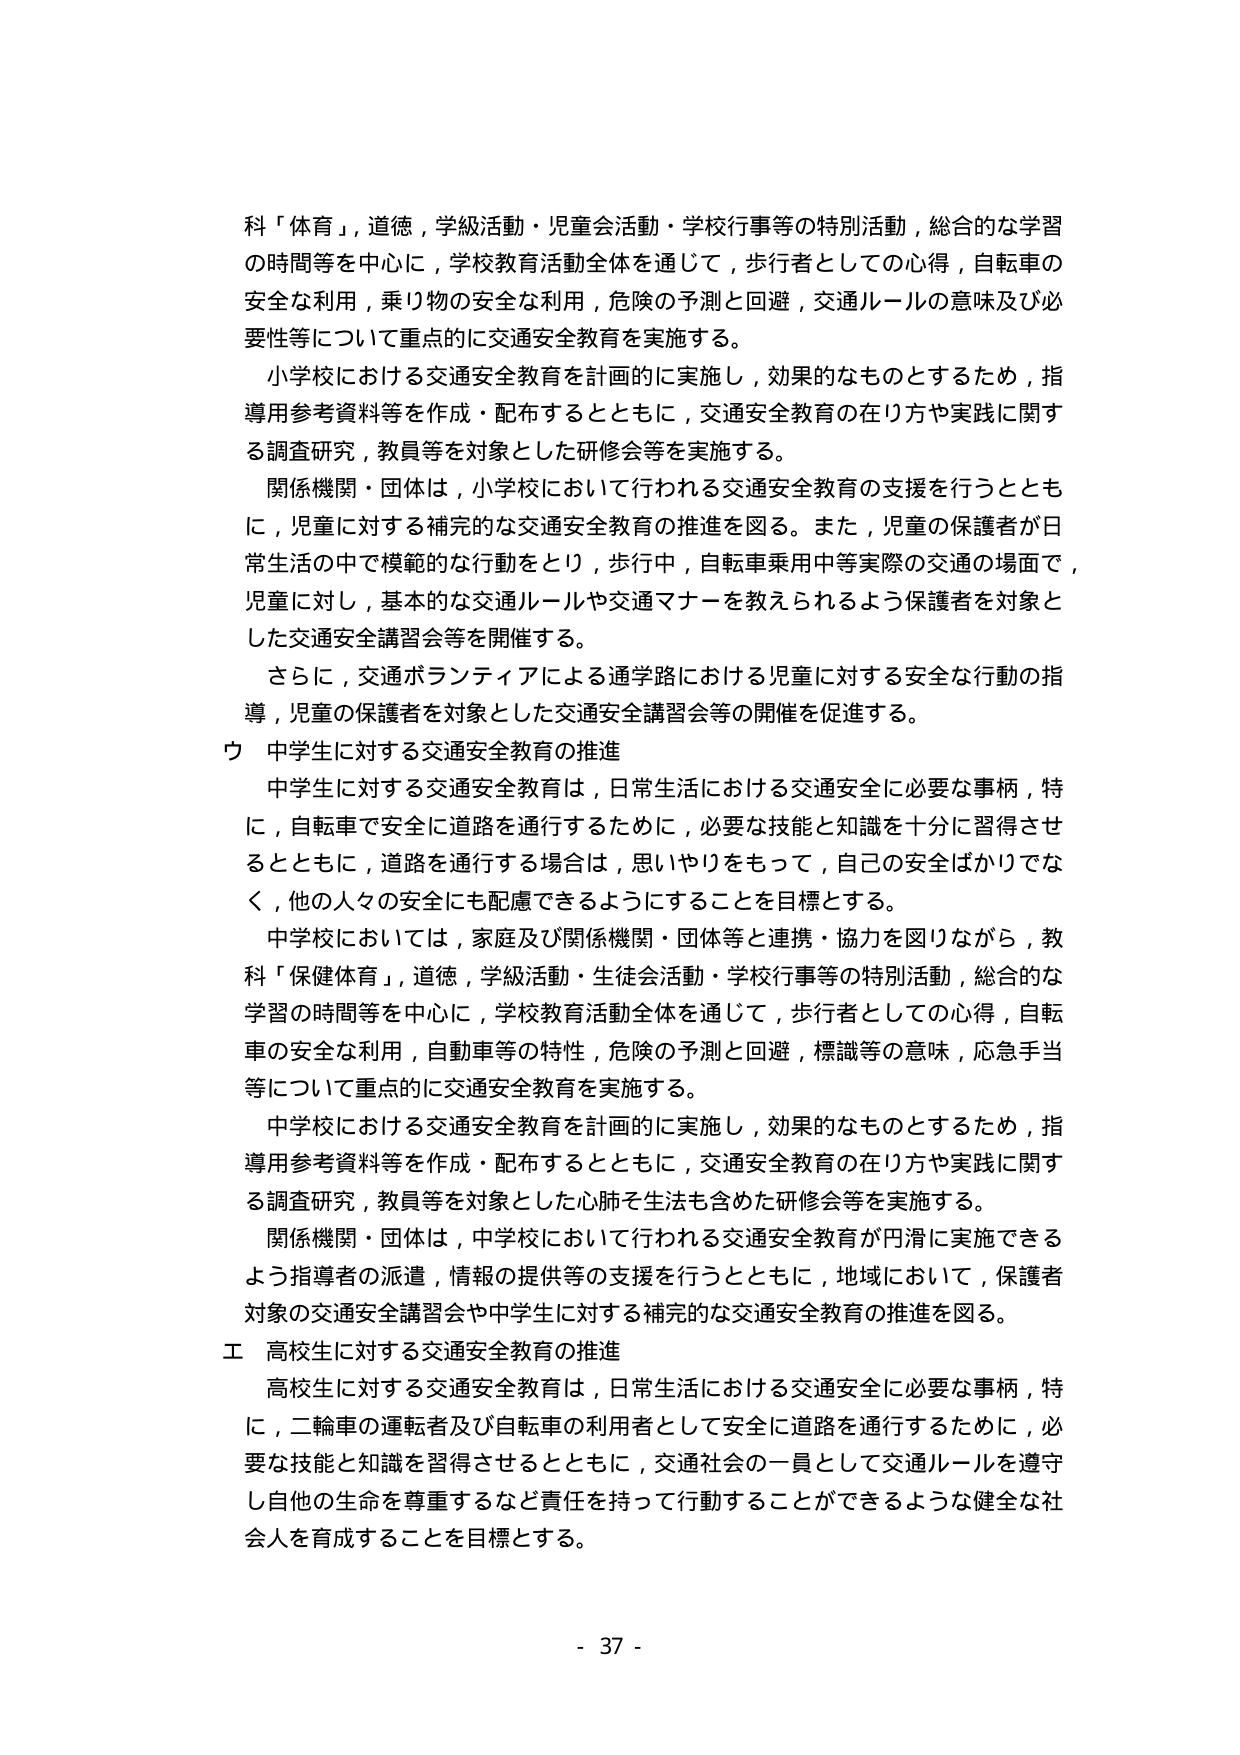
科「体育」，道德，学級活動・児童会活動・学校行事等の特別活動，総合的な学習の時間等を中心に，学校教育活動全体を通じて，歩行者としての心得，自転車の安全な利用，乗り物の安全な利用，危険の予測と回避，交通ルールの意味及び必要性等について重点的に交通安全教育を実施する。

小学校における交通安全教育を計画的に実施し，効果的なものとするため，指導用参考資料等を作成・配布するとともに，交通安全教育の在り方や実践に関する調査研究，教員等を対象とした研修会等を実施する。

関係機関・団体は，小学校において行われる交通安全教育の支援を行うとともに，児童に対する補完的な交通安全教育の推進を図る。また，児童の保護者が日常生活の中で模範的な行動をとり，歩行中，自転車乗用中等実際の交通の場面で，児童に対し，基本的な交通ルールや交通マナーを教えられるよう保護者を対象とした交通安全講習会等を開催する。

さらに，交通ボランティアによる通学路における児童に対する安全な行動の指導，児童の保護者を対象とした交通安全講習会等の開催を促進する。

ウ 中学生に対する交通安全教育の推進

中学生に対する交通安全教育は，日常生活における交通安全に必要な事柄，特に，自転車で安全に道路を通行するために，必要な技能と知識を十分に習得させるとともに，道路を通行する場合は，思いやりをもって，自己の安全ばかりでなく，他の人々の安全にも配慮できるようにすることを目標とする。

中学校においては，家庭及び関係機関・団体等と連携・協力を図りながら，教科「保健体育」，道德，学級活動・生徒会活動・学校行事等の特別活動，総合的な学習の時間等を中心に，学校教育活動全体を通じて，歩行者としての心得，自転車の安全な利用，自動車等の特性，危険の予測と回避，標識等の意味，応急手当等について重点的に交通安全教育を実施する。

中学校における交通安全教育を計画的に実施し，効果的なものとするため，指導用参考資料等を作成・配布するとともに，交通安全教育の在り方や実践に関する調査研究，教員等を対象とした心肺を生活も含めた研修会等を実施する。

関係機関・団体は，中学校において行われる交通安全教育が円滑に実施できるよう指導者の派遣，情報の提供等の支援を行うとともに，地域において，保護者対象の交通安全講習会や中学生に対する補完的な交通安全教育の推進を図る。

エ 高校生に対する交通安全教育の推進

高校生に対する交通安全教育は，日常生活における交通安全に必要な事柄，特に，二輪車の運転者及び自転車の利用者として安全に道路を通行するために，必要な技能と知識を習得させるとともに，交通社会の一員として交通ルールを遵守し自他の生命を尊重するなど責任を持って行動することができるような健全な社会人を育成することを目標とする。

- 37 -